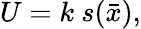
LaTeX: U=k\ s(\bar{x}),